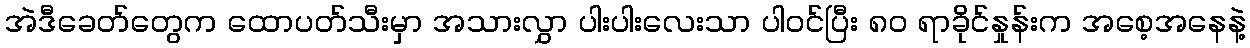
အဲဒီခေတ်တွေက ထောပတ်သီးမှာ အသားလွှာ ပါးပါးလေးသာ ပါဝင်ပြီး ၈၀ ရာခိုင်နှုန်းက အစေ့အနေနဲ့